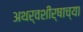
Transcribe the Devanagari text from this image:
अथर्वशीर्षाच्या